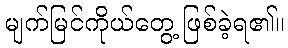
မျက်မြင်ကိုယ်တွေ့ ဖြစ်ခဲ့ရ၏။